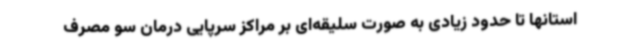
استانها تا حدود زیادی به صورت سلیقه‌ای بر مراکز سرپایی درمان سو مصرف